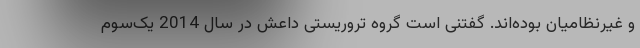
و غیرنظامیان بوده‌اند. گفتنی است گروه تروریستی داعش در سال 2014 یک‌سوم